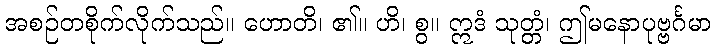
အစဉ်တစိုက်လိုက်သည်။ ဟောတိ၊ ၏။ ဟိ၊ စွ။ ဣဒံ သုတ္တံ၊ ဤမနောပုဗ္ဗင်္ဂမာ